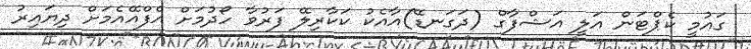
ގައުމީ ކެޕްޓަން އަލީ އަޝްފާގް (ދަގަނޑޭ)އާއެކު ކަކާރިލޭ ފަރުވާ ހޯދުމަށް އެފްއޭއެމަށް ދިޔައިރު